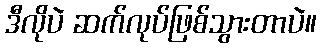
ဒီလိုပဲ ဆက်လုပ်ဖြစ်သွားတာပဲ။